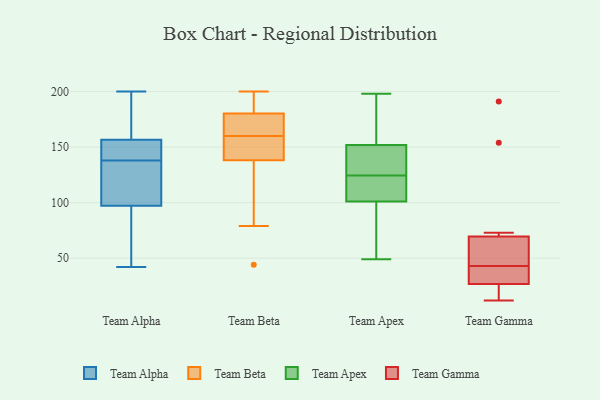
{"axis": {"x": "Humidity (%)", "y": "Value"}, "legend": ["Team Alpha", "Team Apex", "Team Beta", "Team Gamma"], "data": [{"x": "", "y": 138, "type": "Team Alpha"}, {"x": "", "y": 154, "type": "Team Alpha"}, {"x": "", "y": 194, "type": "Team Alpha"}, {"x": "", "y": 104, "type": "Team Alpha"}, {"x": "", "y": 123, "type": "Team Alpha"}, {"x": "", "y": 148, "type": "Team Alpha"}, {"x": "", "y": 182, "type": "Team Alpha"}, {"x": "", "y": 42, "type": "Team Alpha"}, {"x": "", "y": 43, "type": "Team Alpha"}, {"x": "", "y": 156, "type": "Team Alpha"}, {"x": "", "y": 95, "type": "Team Alpha"}, {"x": "", "y": 112, "type": "Team Alpha"}, {"x": "", "y": 157, "type": "Team Alpha"}, {"x": "", "y": 147, "type": "Team Alpha"}, {"x": "", "y": 72, "type": "Team Alpha"}, {"x": "", "y": 69, "type": "Team Alpha"}, {"x": "", "y": 133, "type": "Team Alpha"}, {"x": "", "y": 160, "type": "Team Alpha"}, {"x": "", "y": 200, "type": "Team Alpha"}, {"x": "", "y": 199, "type": "Team Beta"}, {"x": "", "y": 44, "type": "Team Beta"}, {"x": "", "y": 152, "type": "Team Beta"}, {"x": "", "y": 200, "type": "Team Beta"}, {"x": "", "y": 137, "type": "Team Beta"}, {"x": "", "y": 79, "type": "Team Beta"}, {"x": "", "y": 178, "type": "Team Beta"}, {"x": "", "y": 161, "type": "Team Beta"}, {"x": "", "y": 181, "type": "Team Beta"}, {"x": "", "y": 200, "type": "Team Beta"}, {"x": "", "y": 160, "type": "Team Beta"}, {"x": "", "y": 176, "type": "Team Beta"}, {"x": "", "y": 152, "type": "Team Beta"}, {"x": "", "y": 81, "type": "Team Beta"}, {"x": "", "y": 142, "type": "Team Beta"}, {"x": "", "y": 193, "type": "Team Apex"}, {"x": "", "y": 94, "type": "Team Apex"}, {"x": "", "y": 123, "type": "Team Apex"}, {"x": "", "y": 126, "type": "Team Apex"}, {"x": "", "y": 86, "type": "Team Apex"}, {"x": "", "y": 143, "type": "Team Apex"}, {"x": "", "y": 161, "type": "Team Apex"}, {"x": "", "y": 137, "type": "Team Apex"}, {"x": "", "y": 108, "type": "Team Apex"}, {"x": "", "y": 198, "type": "Team Apex"}, {"x": "", "y": 49, "type": "Team Apex"}, {"x": "", "y": 109, "type": "Team Apex"}, {"x": "", "y": 154, "type": "Team Gamma"}, {"x": "", "y": 191, "type": "Team Gamma"}, {"x": "", "y": 12, "type": "Team Gamma"}, {"x": "", "y": 42, "type": "Team Gamma"}, {"x": "", "y": 43, "type": "Team Gamma"}, {"x": "", "y": 35, "type": "Team Gamma"}, {"x": "", "y": 73, "type": "Team Gamma"}, {"x": "", "y": 24, "type": "Team Gamma"}, {"x": "", "y": 22, "type": "Team Gamma"}, {"x": "", "y": 59, "type": "Team Gamma"}, {"x": "", "y": 48, "type": "Team Gamma"}]}